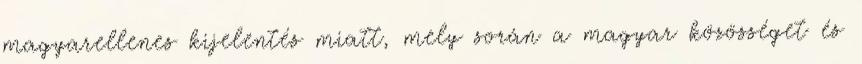
magyarellenes kijelentés miatt, mely során a magyar közösséget és